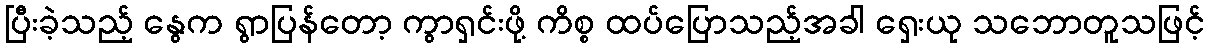
ပြီးခဲ့သည့် နွေက ရွာပြန်တော့ ကွာရှင်းဖို့ ကိစ္စ ထပ်ပြောသည့်အခါ ရှေးယု သဘောတူသဖြင့်